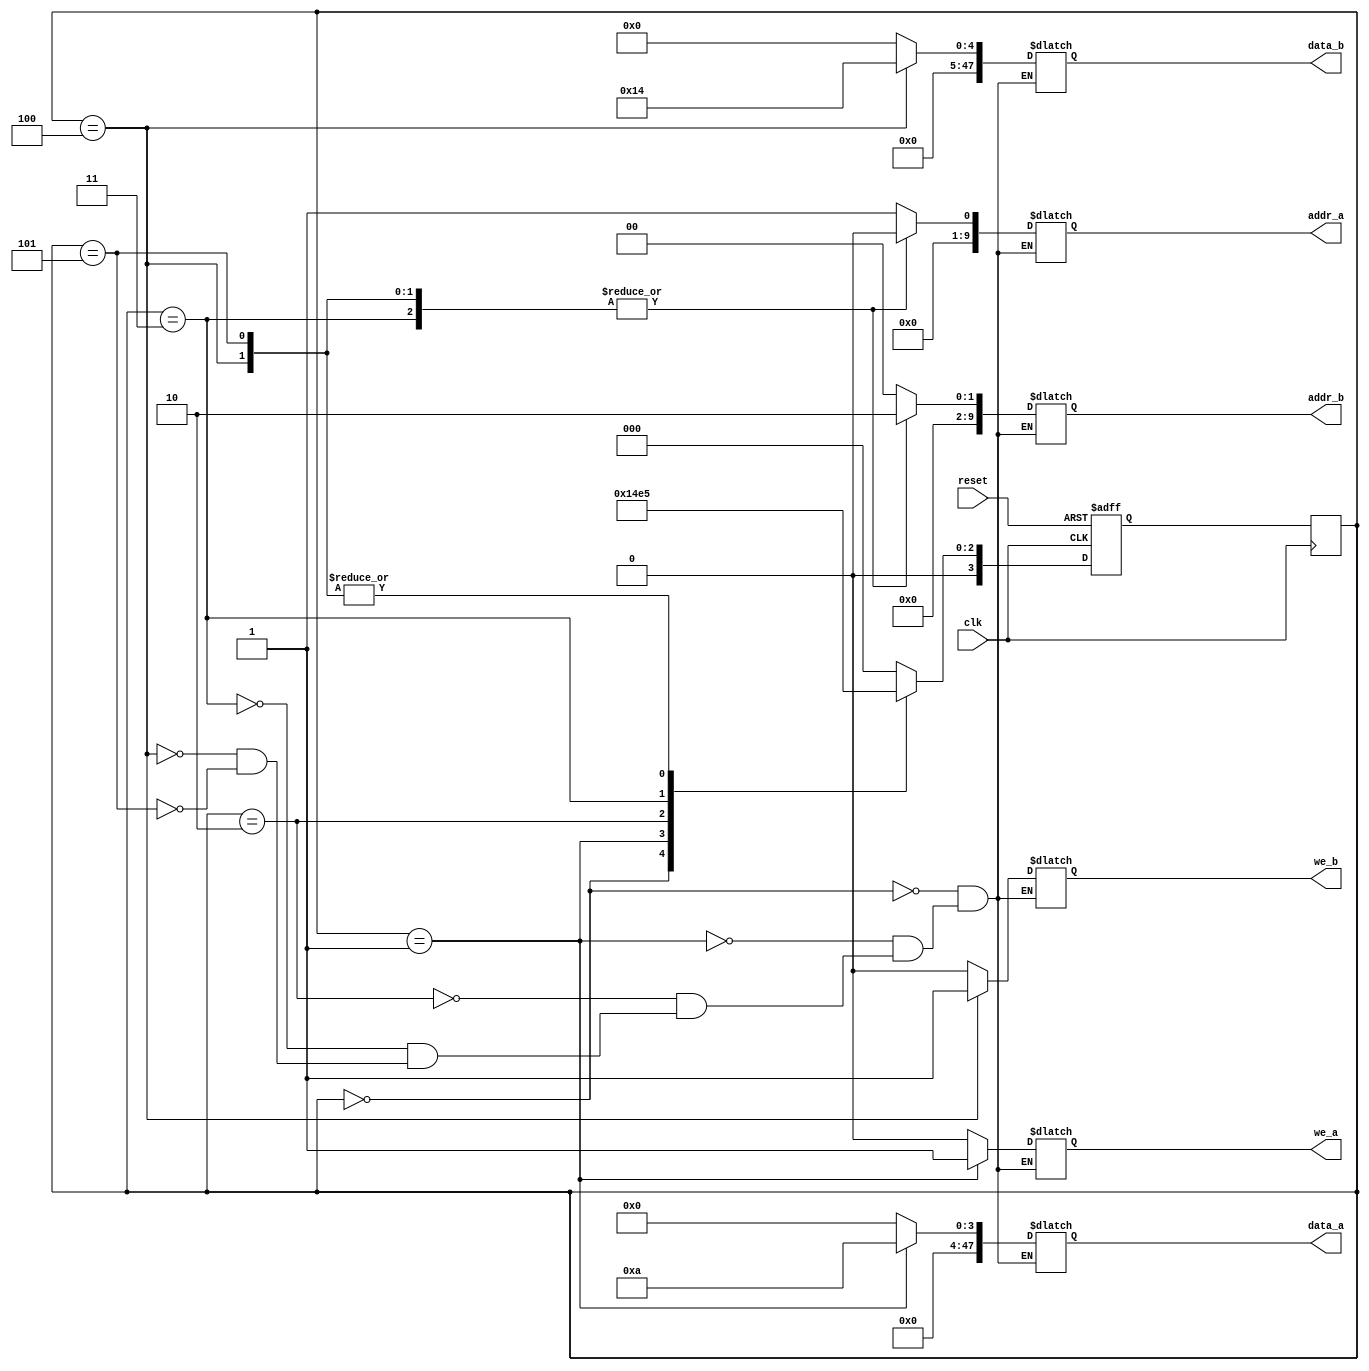
// Module for the Fibonacci sequence
// Created by Louis J. Cerda on 9/23/2021
// Fibonacci sequnce for reference
// 0, 1, 1, 2, 3, 5, 8, 13, 21, 34, 55, 89, 144

// ns Logic: Next state transitions

module fsm_bram (data_a, data_b, addr_a, addr_b, we_a, we_b, clk,reset);
		
	input clk;
	input reset;
   output reg [47:0] data_a, data_b;
	output reg [9:0] addr_a, addr_b;
	output reg we_a, we_b;

    
   // ps -> Previous state, ns -> Next state
   reg [3:0] ps, ns; 
    
   //Need to add more state parameters as needed
   parameter [3:0] s0  = 4'b0000;
   parameter [3:0] s1  = 4'b0001;
   parameter [3:0] s2  = 4'b0010;
   parameter [3:0] s3  = 4'b0011;
   parameter [3:0] s4  = 4'b0100;
	parameter [3:0] s5  = 4'b0101;

       
    //Sequential block, negedge of reset due to push button
    always @ (negedge clk) begin

        ps <= ns;

    end
    
    // Combinational block, responsible fo setting the next state
    always@(posedge clk, negedge reset) begin
		if(reset == 0) begin    
			ns = s0;
		end
		 
		 
		else begin
			// Need to add more stepping
        case(ps)
           s0: ns <= s1;  // EDIT changed s1: ns <= si  to s0: ns <= si
			  s1: ns <= s2;
			  s2: ns <= s3;
			  s3: ns <= s4;
			  s4: ns <= s5;
			  s5: ns <= s5;

           default: ns <= s0;
        endcase
		end
    end


    always@ (ps) begin

        case(ps)
            //read value at address 1 using port a
            s0: begin   
                    data_a   = 0; //Data to A             [47:0]
                    data_b   = 0;  //Data to B             [47:0]
                    addr_a   = 1;  //Memory Address from A [9: 0]
                    addr_b   = 0;  //Memory Addres from B  [9: 0]
                    we_a     = 0;  //Write enable A        [1bit]
                    we_b     = 0;  //Write enable B        [1bit]
                end
                
            // write value 10 to address 1 using port a
            s1: begin  
                    data_a   = 10; //Data to A             [47:0]
                    data_b   = 0;  //Data to B             [47:0]
                    addr_a   = 1;  //Memory Address from A [9: 0]
                    addr_b   = 0;  //Memory Addres from B  [9: 0]
                    we_a     = 1;  //Write enable A        [1bit]
                    we_b     = 0;  //Write enable B        [1bit]
                end
					 
				 // reading value at address 1
            s2: begin  
                    data_a   = 0; //Data to A             [47:0]
                    data_b   = 0;  //Data to B             [47:0]
                    addr_a   = 1;  //Memory Address from A [9: 0]
                    addr_b   = 0;  //Memory Addres from B  [9: 0]
                    we_a     = 0;  //Write enable A        [1bit]
                    we_b     = 0;  //Write enable B        [1bit]
                end
					 
					 
				 //reading value at address 2 
            s3: begin  
                    data_a   = 0; //Data to A             [47:0]
                    data_b   = 0;  //Data to B             [47:0]
                    addr_a   = 0;  //Memory Address from A [9: 0]
                    addr_b   = 2;  //Memory Addres from B  [9: 0]
                    we_a     = 0;  //Write enable A        [1bit]
                    we_b     = 0;  //Write enable B        [1bit]
                end
					 
				// writing value 20 to address 2
				s4: begin  
                    data_a   = 0; //Data to A             [47:0]
                    data_b   = 20;  //Data to B             [47:0]
                    addr_a   = 0;  //Memory Address from A [9: 0]
                    addr_b   = 2;  //Memory Addres from B  [9: 0]
                    we_a     = 0;  //Write enable A        [1bit]
                    we_b     = 1;  //Write enable B        [1bit]
                end
				
				// reading value at address 2
				s5: begin  
                    data_a   = 0; //Data to A             [47:0]
                    data_b   = 0;  //Data to B             [47:0]
                    addr_a   = 0;  //Memory Address from A [9: 0]
                    addr_b   = 2;  //Memory Addres from B  [9: 0]
                    we_a     = 0;  //Write enable A        [1bit]
                    we_b     = 0;  //Write enable B        [1bit]
                end
                            
        endcase
    end
endmodule